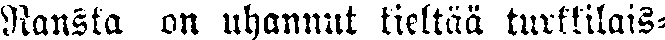
Ranska on uhannut kieltää turkkilais-